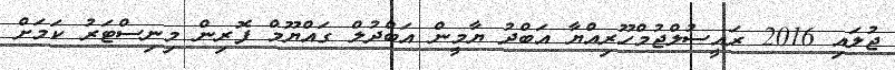
ޖުލައި 2016 ރައީސުލްޖުމްހޫރިއްޔާ އަބްދު ޔާމީން އަބްދުލް ގައްޔޫމް ފޮރިން މިނިސްޓަރު ކަމަށް